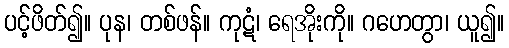
ပင့်ဖိတ်၍။ ပုန၊ တစ်ဖန်။ ကုဋံ၊ ရေအိုးကို။ ဂဟေတွာ၊ ယူ၍။